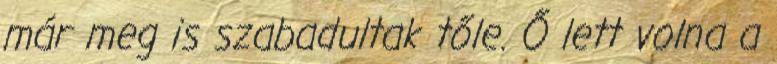
már meg is szabadultak tőle. Ő lett volna a